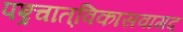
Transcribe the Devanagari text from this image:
पश्र्चात्‌विकासवागद